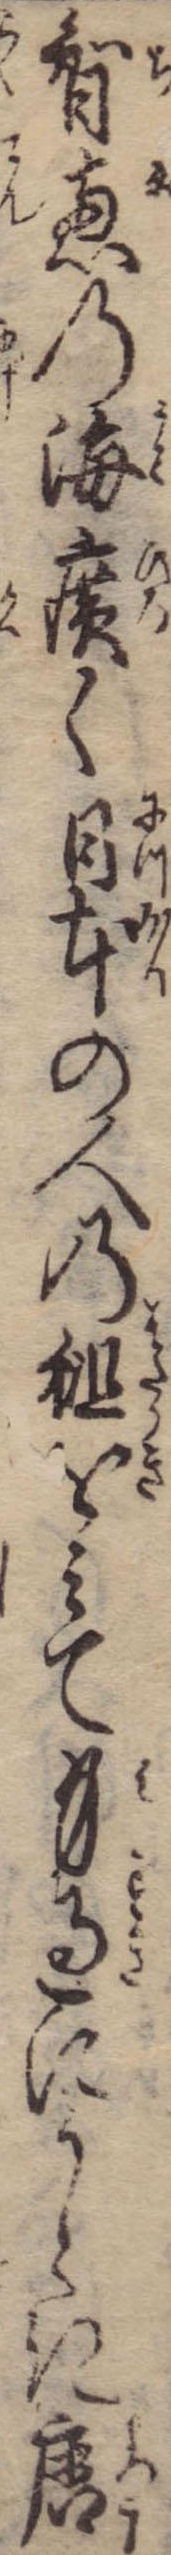
智恵の海広く日本の人の袒をみて身過にうとき唐